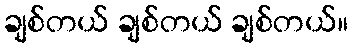
ချစ်တယ် ချစ်တယ် ချစ်တယ်။